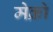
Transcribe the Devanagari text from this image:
मेक्रो